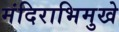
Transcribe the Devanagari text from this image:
मंदिराभिमुखे